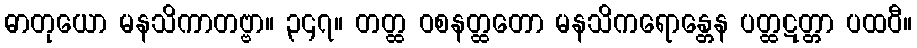
ဓာတုယော မနသိကာတဗ္ဗာ။ ၃၄၇။ တတ္ထ ဝစနတ္ထတော မနသိကရောန္တေန ပတ္ထဋတ္တာ ပထဝီ။